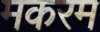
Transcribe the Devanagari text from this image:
मकरम